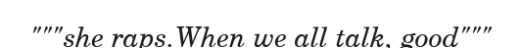
"""she raps.When we all talk, good"""